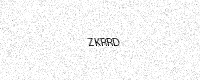
Text: ZKRRD